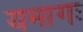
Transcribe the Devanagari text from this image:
यमागः